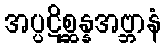
အပ္ပဋိစ္ဆန္နအဗ္ဘာနံ